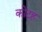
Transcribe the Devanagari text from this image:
कोटह